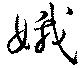
娥